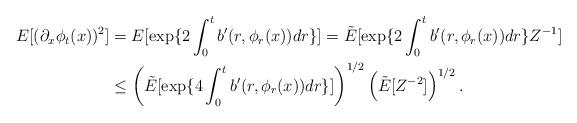
LaTeX: \begin{align*}E[(\partial_x\phi_t(x))^2] & = E[ \exp \{ 2 \int_0^t b'(r,\phi_r(x)) dr \}] = \tilde{E}[ \exp \{ 2 \int_0^t b'(r,\phi_r(x)) dr \} Z^{-1} ] \\ & \leq \left( \tilde{E}[ \exp \{ 4 \int_0^t b'(r,\phi_r(x)) dr \} ] \right)^{1/2} \left( \tilde{E}[ Z^{-2} ] \right)^{1/2}. \end{align*}